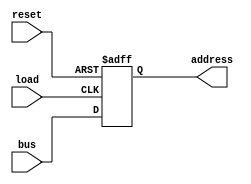

module MAR(bus, load, address, reset);
	input wire[15:0] bus;
	input wire load, reset;
	
	output reg[15:0] address;
		
	always @(posedge load or posedge reset)
	begin
		if (reset == 1)
			address <= 16'd0;
		else
			address <= bus;
	end
endmodule